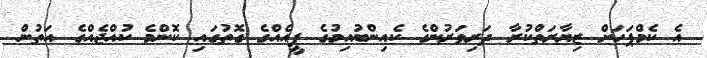
އެ ކެމްޕަހަށް ޒިޔާރަތްކުރާ ދަރިވަރުންގެ ކެއިންބުއިމުގެ ފީއެއްގެ ގޮތުގައި ކޮންމެ ކުއްޖެއްގެ އަތުން